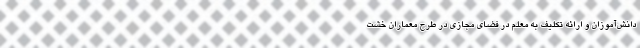
دانش‌آموزان و ارائه تکلیف به معلم در فضای مجازی در طرح معماران خشت